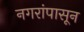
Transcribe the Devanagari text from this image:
नगरांपासून